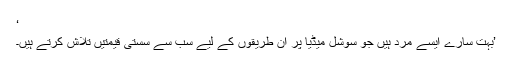
‘
’بہت سارے ایسے مرد ہیں جو سوشل میڈیا پر ان طریقوں کے لیے سب سے سستی قیمتیں تلاش کرتے ہیں۔